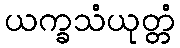
ယက္ခသံယုတ္တံ